Burma Government Medical School reports 1923-41
Year: 1923
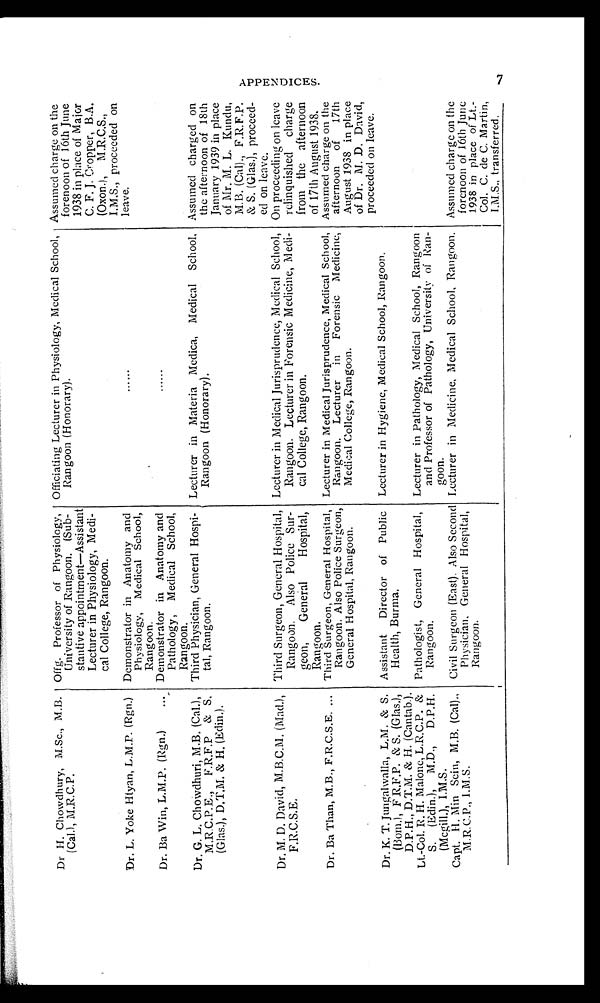
Dr H. Chowdhury, M .Sc., M.B.
(Cal.), M.R.C.P.
Offg. Professor of Physiology,
University of Rangoon. (Sub-
stantive appointment—Assistant
Lecturer in Physiology, Medi-
cal College, Rangoon.
Officiating Lecturer in Physiology, Medical School,
Rangoon (Honorary).
Assumed charge on the
forenoon of 16th June
1938 in place of Major
C. F. J. Cropper, B.A.
(Oxon.), M.R.C.S.,
I.M.S., proceeded on
leave.
Dr. L. Yoke Htyan, L.M.P. (Rgn.) Demonstrator in Anatomy and
Physiology, Medical School,
Rangoon.
Dr. Ba Win, L.M.P. (Rgn.)
Demonstrator in Anatomy and
Pathology, Medical School,
Rangoon.
Dr. G. L. Chowdhuri, M.B. (Cal.),
M.R.C.P.E., F.R.F.P & S.
(Glas.), D.T.M. & H. (Edin.).
Third Physician, General Hospi-
tal, Rangoon.
Lecturer in Materia Medica, M e d i c a l
S c h o o l ,
R a n g o o n ( H o n o r a r y ) .
Assumed charged on
the afternoon of 18th
January 1939 in place
of Mr. M. L. Kundu,
M.B. (Cal)., F.R.F.P.
& S. (Glas.), proceed-
ed on leave.
Dr. M. D. David, M.B.C.M. (Mad.),
F.R.C.S.E.
Third Surgeon, General Hospital,
Rangoon. Also Police Sur-
geon, General Hospital,
Rangoon.
Lecturer in Medical Jurisprudence, Medical School,
Rangoon. Lecturer in Forensic Medicine, Medi-
cal College, Rangoon.
On proceeding on leave
relinquished charge
from the afternoon
of 17th August 1938.
Dr. Ba Than, M.B., F.R.C.S.E. Third Surgeon, General Hospital,
Rangoon. Also Police Surgeon,
General Hospital, Rangoon.
Lecturer in Medical Jurisprudence, Medical School,
Rangoon. Lecturer in Forensic Medicine,
Medical College, Rangoon.
Assumed charge on the
afternoon of 17th
August 1938 in place
of Dr. M. D. David,
proceeded on leave.
Dr. K. T. Jungalwalla, L.M. & S.
(Bom.), F R.F.P. & S. (Glas.),
D.P.H., D.T.M. & H. (Cantab.).
Assistant Director of Public
Health, Burma.
Lecturer in Hygiene, Medical School, Rangoon.
Lt.-Col. R. H. Malone, L.R.C.P. &
S. (Edin.), M.D., D.P.H.
(Mcgill.), I.M.S.
Pathologist, General Hospital,
Rangoon.
Lecturer in Pathology, Medical School, Rangoon
and Professor of Pathology, University of Ran-
goon.
Capt. H. Min Sein, M.B. (Cal).,
M.R.C.P., I.M.S.
Civil Surgeon (East). Also Second
Physician, General Hospital,
Rangoon.
Lecturer in Medicine, Medical School, Rangoon. Assumed charge on the
forenoon of 16th June
1938 in place of Lt.-
Col. C. de C. Martin,
I.M.S., transferred.
A P P E N D I C E S
7